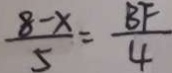
\frac { 8 - x } { 5 } = \frac { B F } { 4 }